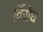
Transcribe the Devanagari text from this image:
र्विरोध